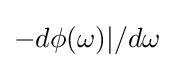
-d\phi (\omega )|/d\omega